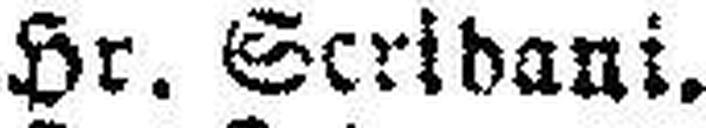
Hr. Seridani.